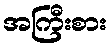
အကြီးစား